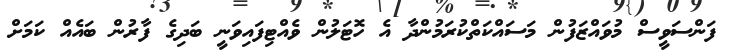
ފަންސަވީސް މުވައްޒަފުން މަސައްކަތްކުރަމުންދާ އެ ހޮޓަލުން ވެއްޓިފައިވަނީ ބަދިގެ ފާރުން ބައެއް ކަމަށް